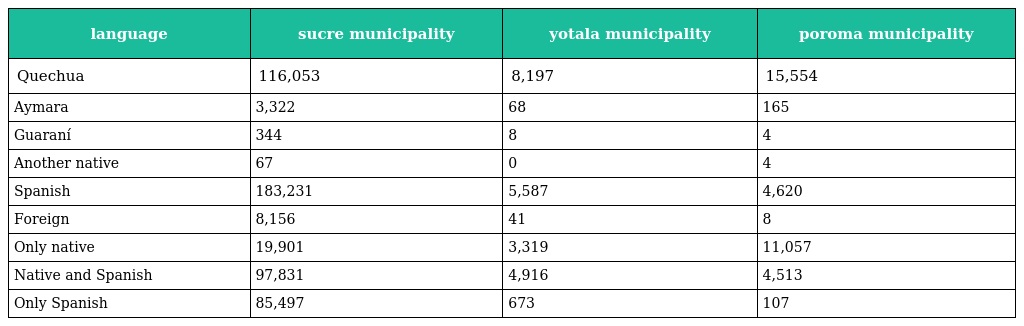
| language | sucre municipality | yotala municipality | poroma municipality |
 | --- | --- | --- | --- |
 | Quechua | 116,053 | 8,197 | 15,554 |
 | Aymara | 3,322 | 68 | 165 |
 | Guaraní | 344 | 8 | 4 |
 | Another native | 67 | 0 | 4 |
 | Spanish | 183,231 | 5,587 | 4,620 |
 | Foreign | 8,156 | 41 | 8 |
 | Only native | 19,901 | 3,319 | 11,057 |
 | Native and Spanish | 97,831 | 4,916 | 4,513 |
 | Only Spanish | 85,497 | 673 | 107 |